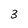
Character: 3